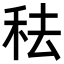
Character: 𥞋